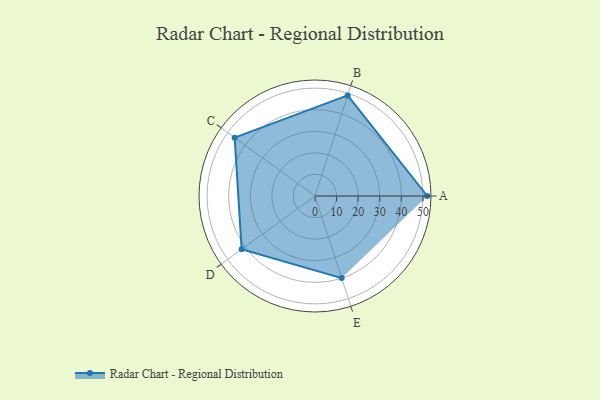
{"axis": {"x": "Skill", "y": "Score"}, "legend": ["Profile"], "data": [{"x": "A", "y": 52.0, "type": "Profile"}, {"x": "B", "y": 49.0, "type": "Profile"}, {"x": "C", "y": 46.0, "type": "Profile"}, {"x": "D", "y": 42.0, "type": "Profile"}, {"x": "E", "y": 40.0, "type": "Profile"}]}